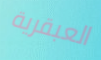
العبقرية